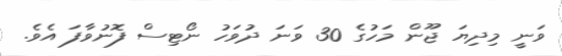
ވަނީ މިދިޔަ ޖޫން މަހުގެ 30 ވަނަ ދުވަހު ނޯޓިސް ފޮނުވާފަ އެވެ.